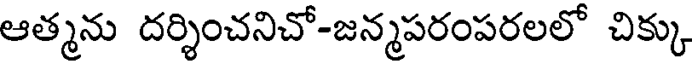
ఆత్మను దర్శించనిచో-జన్మపరంపరలలో చిక్కు